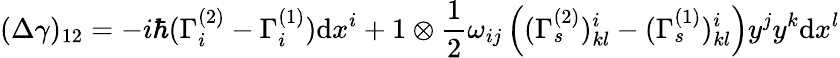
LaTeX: (\Delta\gamma)_{12}=-i\hbar(\Gamma_{i}^{(2)}-\Gamma_{i}^{(1)})\mathrm{d}x^{i}+1\otimes\frac{{1}}{{2}}\omega_{ij}\left((\Gamma_{s}^{(2)})_{kl}^{i}-(\Gamma_{s}^{(1)})_{kl}^{i}\right)y^{j}y^{k}\mathrm{d}x^{l}